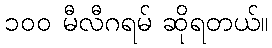
၁၀၀ မီလီဂရမ် ဆိုရတယ်။